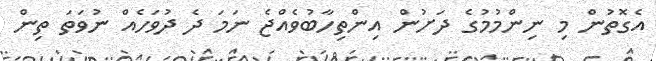
އެގޮތުން މި ނިންމުމުގެ ދަށުން އިންތިހާބުވެއްޖެ ނަމަ ދެ ދުވަހެއް ނުވަތަ ތިން